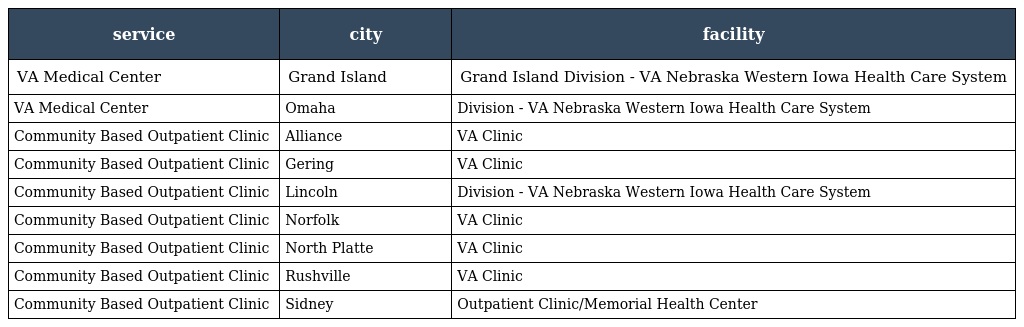
| service | city | facility |
 | --- | --- | --- |
 | VA Medical Center | Grand Island | Grand Island Division - VA Nebraska Western Iowa Health Care System |
 | VA Medical Center | Omaha | Division - VA Nebraska Western Iowa Health Care System |
 | Community Based Outpatient Clinic | Alliance | VA Clinic |
 | Community Based Outpatient Clinic | Gering | VA Clinic |
 | Community Based Outpatient Clinic | Lincoln | Division - VA Nebraska Western Iowa Health Care System |
 | Community Based Outpatient Clinic | Norfolk | VA Clinic |
 | Community Based Outpatient Clinic | North Platte | VA Clinic |
 | Community Based Outpatient Clinic | Rushville | VA Clinic |
 | Community Based Outpatient Clinic | Sidney | Outpatient Clinic/Memorial Health Center |